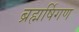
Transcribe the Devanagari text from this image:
ब्रह्मर्षिगण